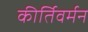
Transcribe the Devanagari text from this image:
कीर्तिवर्मन